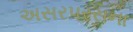
અસરપરસના